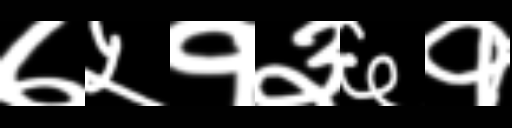
Text: ७५१३६१